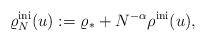
\begin{align*}\varrho_N^{\rm ini} (u):= \varrho_* + N^{-\alpha} \rho^{\rm ini} (u),\end{align*}